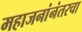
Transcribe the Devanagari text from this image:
महाजनांनंतरचा